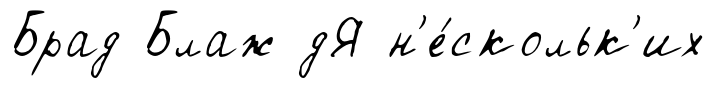
Брад Блаж дЯ н'е́скольк'их